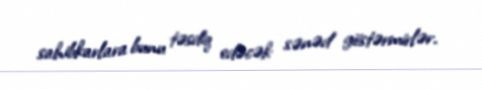
sahibkarlara bunu təsdiq edəcək sənəd göstərmirlər.